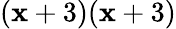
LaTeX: (\mathbf{x}+3)(\mathbf{x}+3)